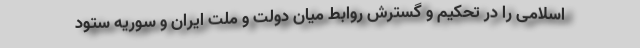
اسلامی را در تحکیم و گسترش روابط میان دولت و ملت ایران و سوریه ستود